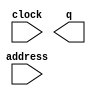
// This program was cloned from: https://github.com/gzzyyxh/Quafu
// License: MIT License

// megafunction wizard: %ROM: 1-PORT%VBB%
// GENERATION: STANDARD
// VERSION: WM1.0
// MODULE: altsyncram 

// ============================================================
// Megafunction Name(s):
// 			altsyncram
//
// Simulation Library Files(s):
// 			altera_mf
// ============================================================
// ************************************************************
// THIS IS A WIZARD-GENERATED FILE. DO NOT EDIT THIS FILE!
//
// 18.1.0 Build 625 09/12/2018 SJ Standard Edition
// ************************************************************

//Copyright (C) 2018  Intel Corporation. All rights reserved.
//Your use of Intel Corporation's design tools, logic functions 
//and other software and tools, and its AMPP partner logic 
//functions, and any output files from any of the foregoing 
//(including device programming or simulation files), and any 
//associated documentation or information are expressly subject 
//to the terms and conditions of the Intel Program License 
//Subscription Agreement, the Intel Quartus Prime License Agreement,
//the Intel FPGA IP License Agreement, or other applicable license
//agreement, including, without limitation, that your use is for
//the sole purpose of programming logic devices manufactured by
//Intel and sold by Intel or its authorized distributors.  Please
//refer to the applicable agreement for further details.

module rom_ip (
	address,
	clock,
	q);

	input	[7:0]  address;
	input	  clock;
	output	[31:0]  q;
`ifndef ALTERA_RESERVED_QIS
// synopsys translate_off
`endif
	tri1	  clock;
`ifndef ALTERA_RESERVED_QIS
// synopsys translate_on
`endif

endmodule

// ============================================================
// CNX file retrieval info
// ============================================================
// Retrieval info: PRIVATE: ADDRESSSTALL_A NUMERIC "0"
// Retrieval info: PRIVATE: AclrAddr NUMERIC "0"
// Retrieval info: PRIVATE: AclrByte NUMERIC "0"
// Retrieval info: PRIVATE: AclrOutput NUMERIC "0"
// Retrieval info: PRIVATE: BYTE_ENABLE NUMERIC "0"
// Retrieval info: PRIVATE: BYTE_SIZE NUMERIC "8"
// Retrieval info: PRIVATE: BlankMemory NUMERIC "0"
// Retrieval info: PRIVATE: CLOCK_ENABLE_INPUT_A NUMERIC "0"
// Retrieval info: PRIVATE: CLOCK_ENABLE_OUTPUT_A NUMERIC "0"
// Retrieval info: PRIVATE: Clken NUMERIC "0"
// Retrieval info: PRIVATE: IMPLEMENT_IN_LES NUMERIC "0"
// Retrieval info: PRIVATE: INIT_FILE_LAYOUT STRING "PORT_A"
// Retrieval info: PRIVATE: INIT_TO_SIM_X NUMERIC "0"
// Retrieval info: PRIVATE: INTENDED_DEVICE_FAMILY STRING "Cyclone IV E"
// Retrieval info: PRIVATE: JTAG_ENABLED NUMERIC "0"
// Retrieval info: PRIVATE: JTAG_ID STRING "NONE"
// Retrieval info: PRIVATE: MAXIMUM_DEPTH NUMERIC "0"
// Retrieval info: PRIVATE: MIFfilename STRING "rom_init.mif"
// Retrieval info: PRIVATE: NUMWORDS_A NUMERIC "256"
// Retrieval info: PRIVATE: RAM_BLOCK_TYPE NUMERIC "2"
// Retrieval info: PRIVATE: RegAddr NUMERIC "1"
// Retrieval info: PRIVATE: RegOutput NUMERIC "1"
// Retrieval info: PRIVATE: SYNTH_WRAPPER_GEN_POSTFIX STRING "0"
// Retrieval info: PRIVATE: SingleClock NUMERIC "1"
// Retrieval info: PRIVATE: UseDQRAM NUMERIC "0"
// Retrieval info: PRIVATE: WidthAddr NUMERIC "8"
// Retrieval info: PRIVATE: WidthData NUMERIC "32"
// Retrieval info: PRIVATE: rden NUMERIC "0"
// Retrieval info: LIBRARY: altera_mf altera_mf.altera_mf_components.all
// Retrieval info: CONSTANT: ADDRESS_ACLR_A STRING "NONE"
// Retrieval info: CONSTANT: CLOCK_ENABLE_INPUT_A STRING "BYPASS"
// Retrieval info: CONSTANT: CLOCK_ENABLE_OUTPUT_A STRING "BYPASS"
// Retrieval info: CONSTANT: INIT_FILE STRING "rom_init.mif"
// Retrieval info: CONSTANT: INTENDED_DEVICE_FAMILY STRING "Cyclone IV E"
// Retrieval info: CONSTANT: LPM_HINT STRING "ENABLE_RUNTIME_MOD=NO"
// Retrieval info: CONSTANT: LPM_TYPE STRING "altsyncram"
// Retrieval info: CONSTANT: NUMWORDS_A NUMERIC "256"
// Retrieval info: CONSTANT: OPERATION_MODE STRING "ROM"
// Retrieval info: CONSTANT: OUTDATA_ACLR_A STRING "NONE"
// Retrieval info: CONSTANT: OUTDATA_REG_A STRING "CLOCK0"
// Retrieval info: CONSTANT: RAM_BLOCK_TYPE STRING "M9K"
// Retrieval info: CONSTANT: WIDTHAD_A NUMERIC "8"
// Retrieval info: CONSTANT: WIDTH_A NUMERIC "32"
// Retrieval info: CONSTANT: WIDTH_BYTEENA_A NUMERIC "1"
// Retrieval info: USED_PORT: address 0 0 8 0 INPUT NODEFVAL "address[7..0]"
// Retrieval info: USED_PORT: clock 0 0 0 0 INPUT VCC "clock"
// Retrieval info: USED_PORT: q 0 0 32 0 OUTPUT NODEFVAL "q[31..0]"
// Retrieval info: CONNECT: @address_a 0 0 8 0 address 0 0 8 0
// Retrieval info: CONNECT: @clock0 0 0 0 0 clock 0 0 0 0
// Retrieval info: CONNECT: q 0 0 32 0 @q_a 0 0 32 0
// Retrieval info: GEN_FILE: TYPE_NORMAL rom_ip.v TRUE
// Retrieval info: GEN_FILE: TYPE_NORMAL rom_ip.inc FALSE
// Retrieval info: GEN_FILE: TYPE_NORMAL rom_ip.cmp FALSE
// Retrieval info: GEN_FILE: TYPE_NORMAL rom_ip.bsf FALSE
// Retrieval info: GEN_FILE: TYPE_NORMAL rom_ip_inst.v TRUE
// Retrieval info: GEN_FILE: TYPE_NORMAL rom_ip_bb.v TRUE
// Retrieval info: LIB_FILE: altera_mf